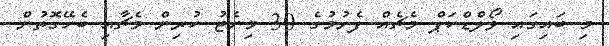
މި ބައިގައި ވޯލްޑްކަޕް މެޗެއް ފެށުމުގެ 30 މިނެޓު ކުރިން މެޗާއި ބެހޭގޮތުން